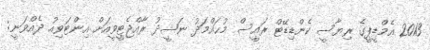
2013 އެމްޑީޕީގެ ރިޔާސީ ކެންޑިޑޭޓް ރައީސް މުޙައްމަދު ނަޝީދު ރާއްޖެޓީވީއަށް އިންޓަވިއު ދެއްވަނީ: